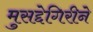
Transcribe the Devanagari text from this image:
मुसद्देगिरीने